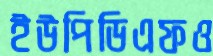
ইউপিডিএফও